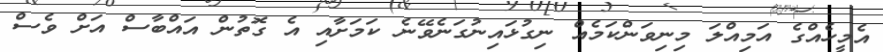
އެމީހެއްގެ އަމިއްލަ މިނިވަންކަމެއް ނިގުޅައިނުގަނެވޭނެ ކަމަށާއި އެ ގޮތުން އައްބާސް އަށް ވެސް